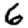
Digit: 6